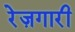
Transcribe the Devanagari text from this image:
रेज़गारी